Report of the Indian Hemp Drugs Commission, 1894-1895 - Volume VI
Year: 1894
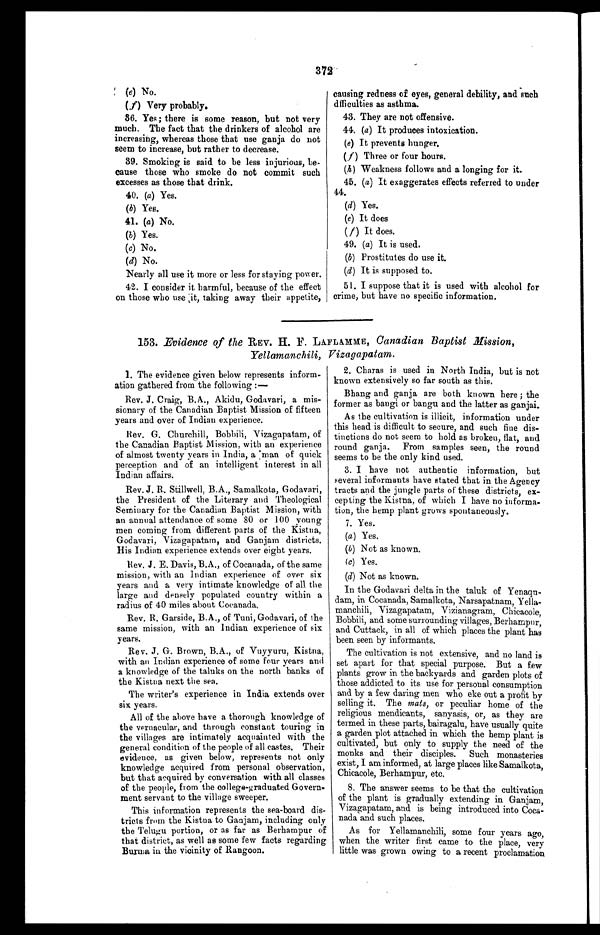
372
(e) No.
(f) Very probably.
36. Yes; there is some reason, but not very
much. The fact that the drinkers of alcohol are
increasing, whereas those that use ganja do not
seem to increase, but rather to decrease.
39. Smoking is said to be less injurious, be-
cause those who smoke do not commit such
excesses as those that drink.
40. (a) Yes.
(b) Yes.
41. (a) No.
(b) Yes.
(c) No.
(d) No.
Nearly all use it more or less for staying power.
42. I consider it harmful, because of the effect
on those who use it, taking away their appetite,
causing redness of eyes, general debility, and such
difficulties as asthma.
43. They are not offensive.
44. (a) It produces intoxication.
(e) It prevents hunger.
(f) Three or four hours.
(h) Weakness follows and a longing for it.
45. (a) It exaggerates effects referred to under
44.
(d) Yes.
(e) It does
(f) It does.
49. (a) It is used.
(b) Prostitutes do use it.
(d) It is supposed to.
51. I suppose that it is used with alcohol for
crime, but have no specific information.
153. Evidence of the REV. H. F. LAFLAMME, Canadian Baptist Mission,
Yellamanchili, Vizagapatam.
1. The evidence given below represents inform-
ation gathered from the following :
—
Rev. J. Craig, B.A., Akidu, Godavari, a mis-
sionary of the Canadian Baptist Mission of fifteen
years and over of Indian experience.
Rev. G. Churchill, Bobbili, Vizagapatam, of
the Canadian Baptist Mission, with an experience
of almost twenty years in India, a man of quick
perception and of an intelligent interest in all
Indian affairs.
Rev. J. R. Stillwell, B.A., Samalkota, Godavari,
the President of the Literary and Theological
Seminary for the Canadian Baptist Mission, with
an annual attendance of some 80 or 100 young
men coming from different parts of the Kistna,
Godavari, Vizagapatam, and Ganjam districts.
His Indian experience extends over eight years.
Rev, J. E. Davis, B.A., of Cocanada, of the same
mission, with an Indian experience of over six
years and a very intimate knowledge of all the
large and densely populated country within a
radius of 40 miles about Cocanada.
Rev. R. Garside, B.A., of Tuni, Godavari, of the
same mission, with an Indian experience of six
years.
Rev. J. G. Brown, B.A., of Vuyyuru, Kistna,
with an Indian experience of some four years and
a knowledge of the taluks on the north banks of
the Kistna next the sea.
The writer's experience in India extends over
six years.
2. Charas is used in North India, but is not
known extensively so far south as this.
Bhang and ganja are both known here ; the
former as bangi or bangu and the latter as ganjai.
As the cultivation is illicit, information under
this head is difficult to secure, and such fine dis-
tinctions do not seem to hold as broken, flat, and
round ganja. From samples seen, the round
seems to be the only kind used.
3. I have not authentic information, but
several informants have stated that in the Agency
tracts and the jungle parts of these districts, ex-
cepting the Kistna, of which I have no informa-
tion, the hemp plant grows spontaneously.
7. Yes.
(a) Yes.
(b) Not as known.
(c) Yes.
(d)Not as known.
In the Godavari delta in the taluk of Yenaqu-
dam, in Cocanada, Samalkota, Narsapatnam, Yella-
manchili, Vizagapatam, Vizianagram, Chicacole,
Bobbili, and some surrounding villages, Berhampur,
and Cuttack, in all of which places the plant has
been seen by informants.
The cultivation is not extensive, and no land is
set apart for that special purpose. But a few
plants grow in the backyards and garden plots of
those addicted to its use for personal consumption
and by a few daring men who eke out a profit by
selling it. The mats, or peculiar home of the
religious mendicants, sanyasis, or, as they are
termed in these parts, bairagalu, have usually quite
a garden plot attached in which the hemp plant is
cultivated, but only to supply the need of the
monks and. their disciples. Such monasteries
exist, I am informed, at large places like Samalkota,
Chicacole, Berhampur, etc.
8. The answer seems to be that the cultivation
of the plant is gradually extending in Ganjam,
Vizagapatam, and is being introduced into Coca-
nada and such places.
As for Yellamanchili, some four years ago,
when the writer first came to the place, very
little was grown owing to a recent proclamation
All of the above have a thorough knowledge of
the vernacular, and through constant touring in
the villages are intimately acquainted with the
general condition of the people of all castes. Their
evidence, as given below, represents not only
knowledge acquired from personal observation,
but that acquired by conversation with all classes
of the people, from the college-graduated Govern-
ment servant to the village sweeper.
This information represents the sea-board dis-
tricts from the Kistna to Ganjam, including only
the Telugu portion, or as far as Berhampur of
that district, as well as some few facts regarding
Burma in the vicinity of Rangoon.